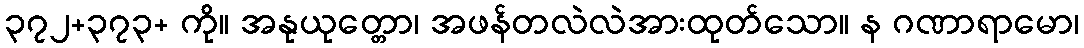
၃၇၂+၃၇၃+ ကို။ အနုယုတ္တော၊ အဖန်တလဲလဲအားထုတ်သော။ န ဂဏာရာမော၊